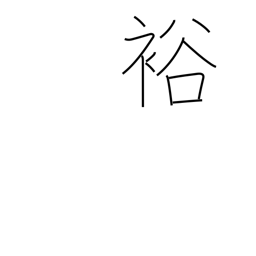
Meaning: fertile